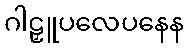
ဂါဠှူပလေပနေန